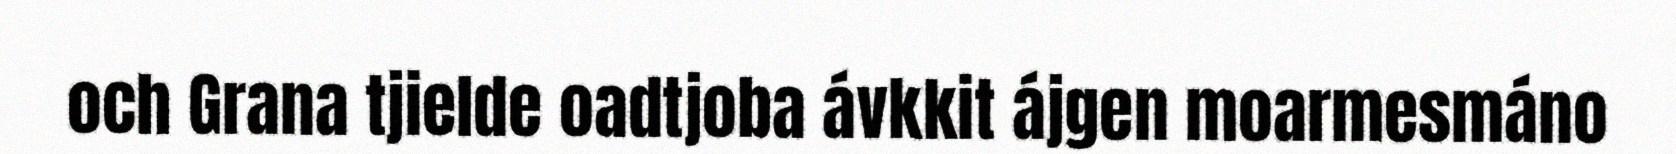
och Grana tjielde oadtjoba ávkkit ájgen moarmesmáno